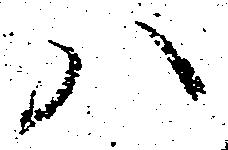
ハ